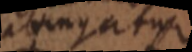
pagati